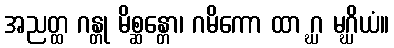
အညတ္ထ ဂန္တု မိစ္ဆန္တော၊ ဂမိကော ထာ ဂ္ဃ မဂ္ဃိယံ။